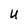
Character: U